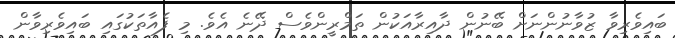
ބައިވެރިވާ ޒުވާނުންނަށް ބޭނުން ދާއިރާއަކުން ތަމްރީންވެސް ދޭނެ އެވެ. މި ފެއާތަކުގައި ބައިވެރިވާން